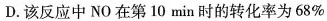
D.该反应中NO在第10min时的转化率为68%